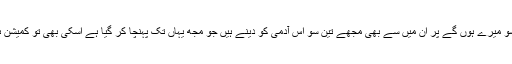
باقی پندرہ سو میرے ہوں گے پر ان میں سے بھی مجھے تین سو اُس آدمی کو دینے ہیں جو مجھ یہاں تک پہنچا کر گیا ہے اسکی بھی تو کمیشن ہوتی ہے نا۔